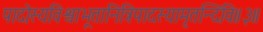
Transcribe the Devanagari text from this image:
पादोस्यविश्वाभूतानित्रिपादस्यामृतन्दिवि॥३॥